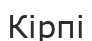
Кірпі